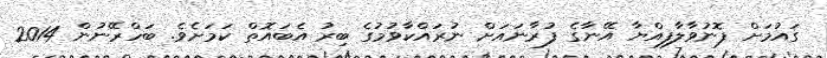
ގައުމަށް ފޮނުވާލާފިއްޔާ އޭނާގެ ފުރާނައަށް ނުރައްކާވުމުގެ ބިރު އެބައޮތް ކަމަށެވެ. ބަހްރޭނުން 2014